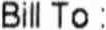
BILL TO :